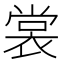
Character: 裳